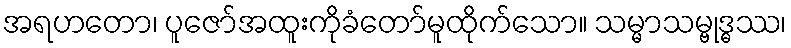
အရဟတော၊ ပူဇော်အထူးကိုခံတော်မူထိုက်သော။ သမ္မာသမ္ဗုဒ္ဓဿ၊